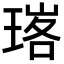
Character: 𭹧